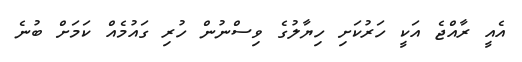
އެއީ ރާއްޖެ އަކީ ހަރުކަށި ހިޔާލުގެ ވިސްނުން ހުރި ގައުމެއް ކަމަށް ބުނެ